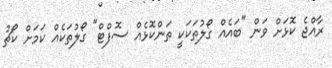
ރާއްޖެ ކޮޅަށް ވަން "ބައެއް ގޯލުތަކަކީ ތަންކޮޅެއް ސޮފްޓް" ގޯލުތަކެއް ކަމަށް ކޯޗު